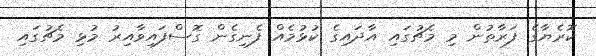
ކޮރެޔާގެ ފަރާތުން މި މެޗުގައި އާދައިގެ ކުޅުމެއް ފެނިގެން ގޮސްފައިވާއިރު މުޅި މެޗުގައި